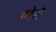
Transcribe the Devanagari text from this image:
बहेङी